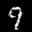
Label: 9